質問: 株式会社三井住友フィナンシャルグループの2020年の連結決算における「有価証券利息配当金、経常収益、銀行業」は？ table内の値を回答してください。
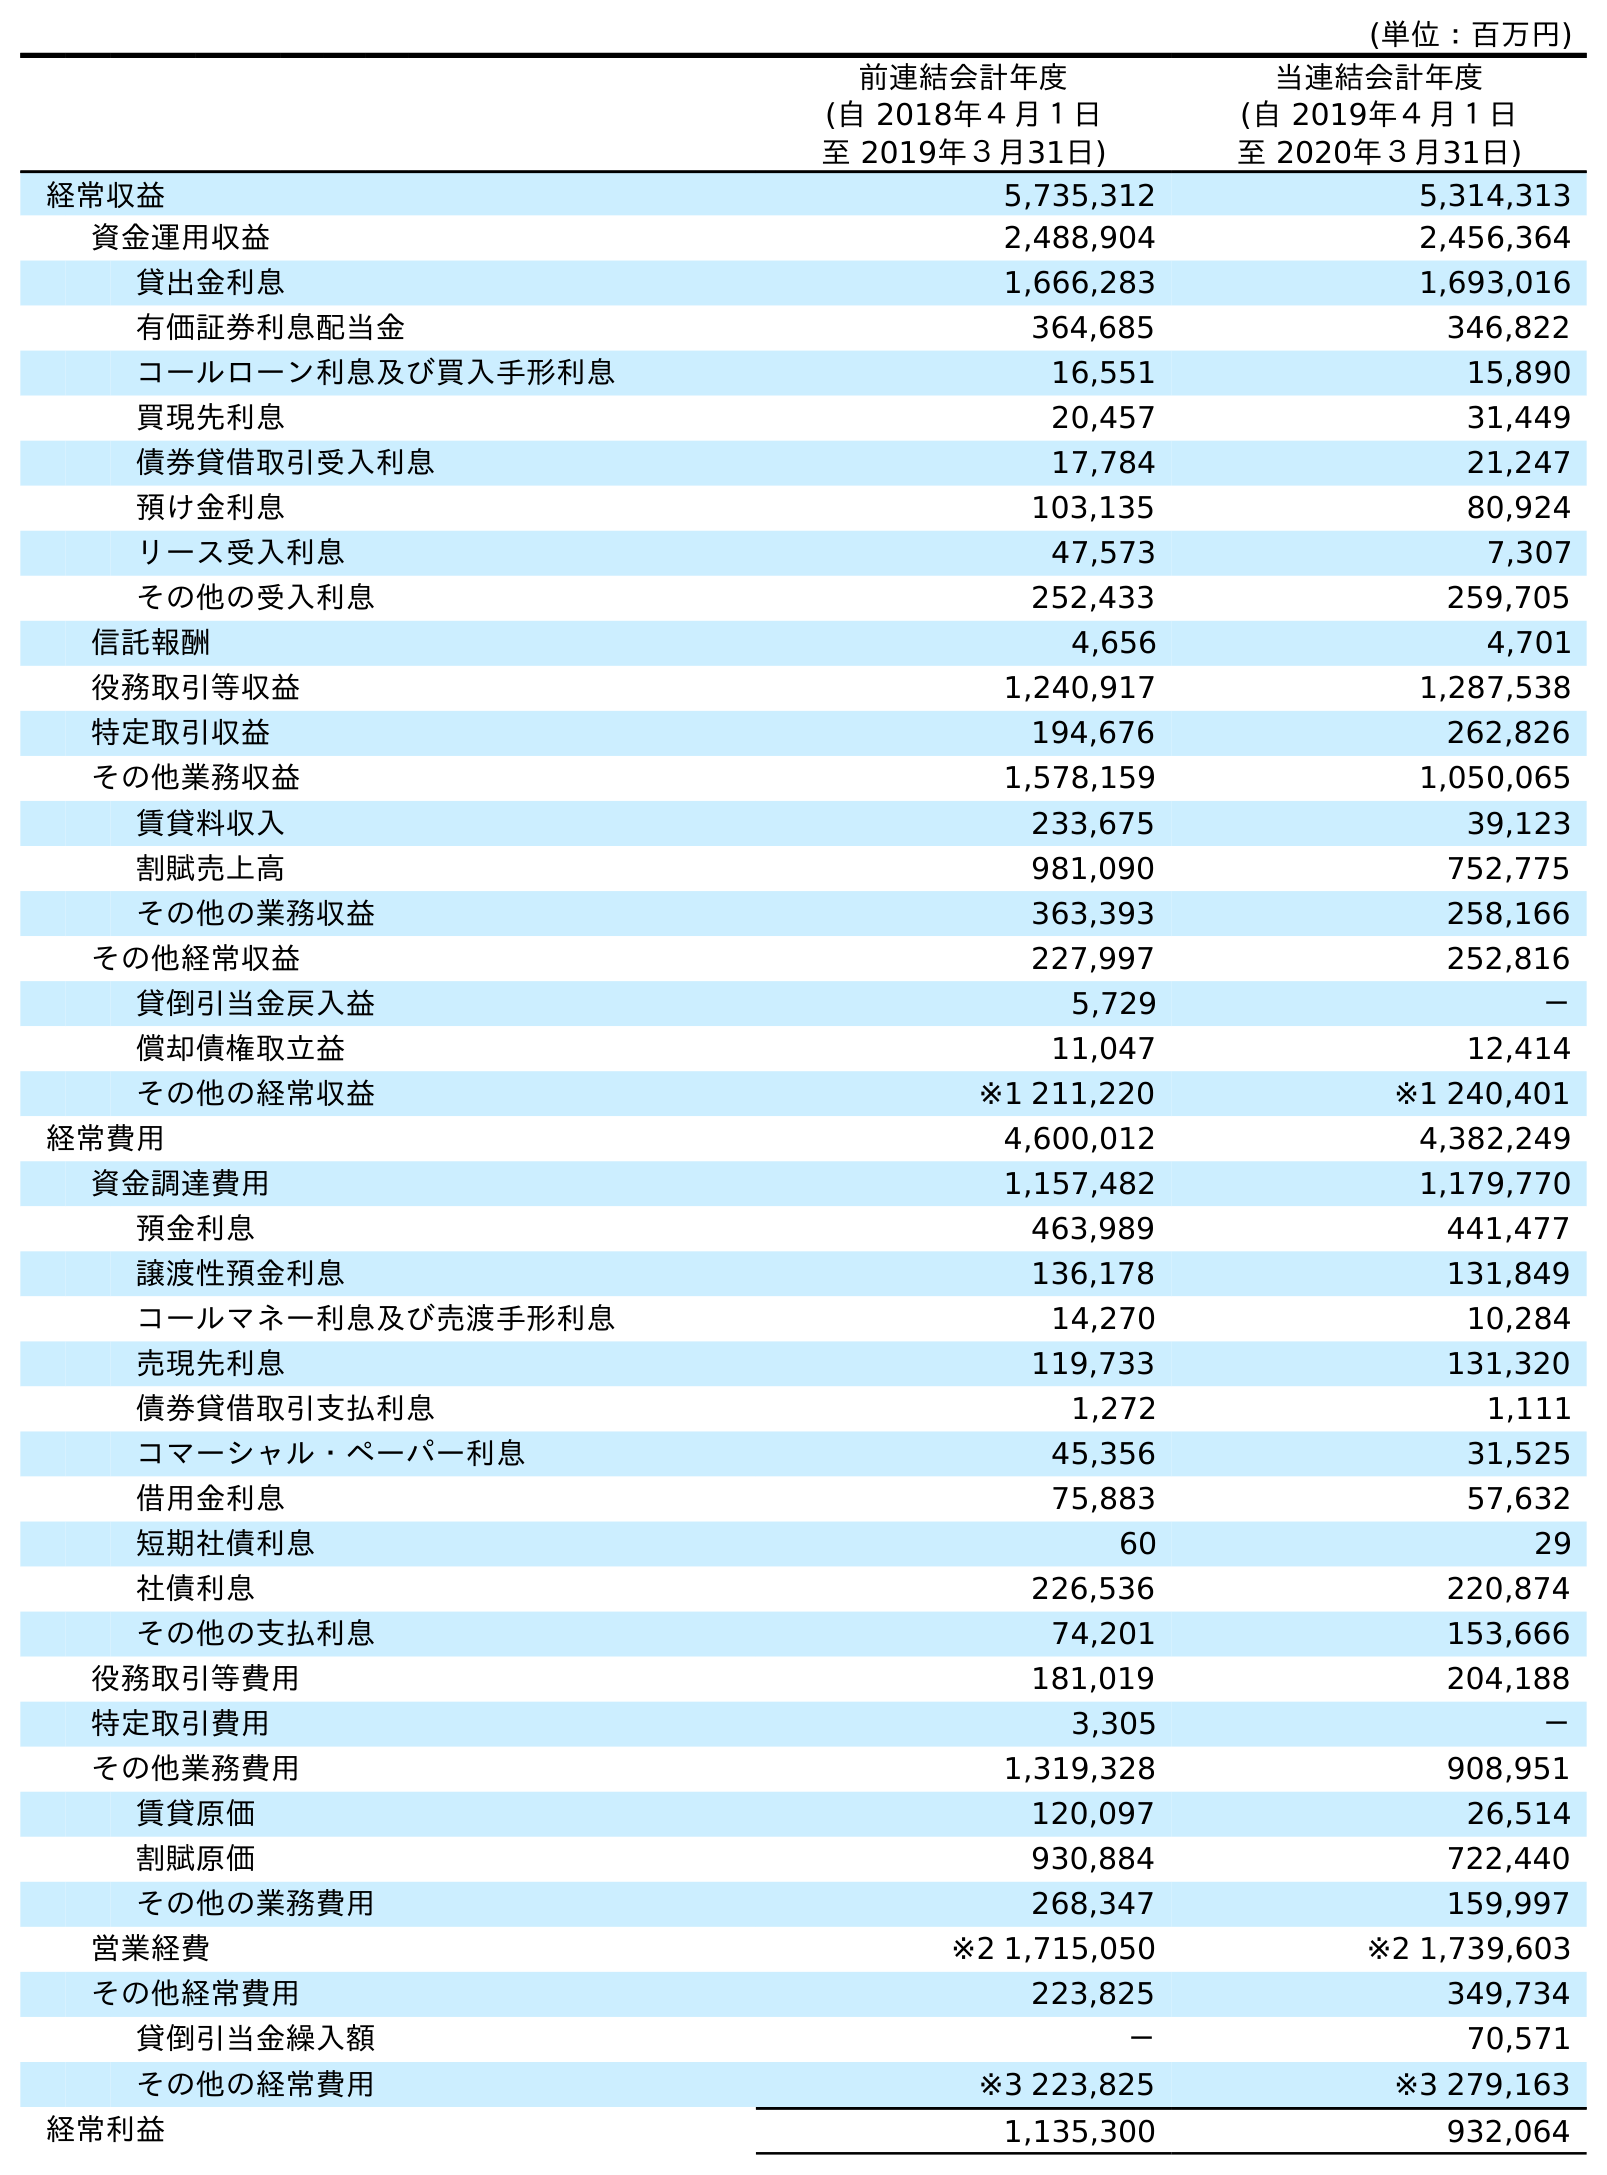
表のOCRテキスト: (単位：百万円) 前連結会計年度 (自 2018年４月１日 至 2019年３月31日) 当連結会計年度 (自 2019年４月１日 至 2020年３月31日) 経常収益 5,735,312 5,314,313 資金運用収益 2,488,904 2,456,364 貸出金利息 1,666,283 1,693,016 有価証券利息配当金 364,685 346,822 コールローン利息及び買入手形利息 16,551 15,890 買現先利息 20,457 31,449 債券貸借取引受入利息 17,784 21,247 預け金利息 103,135 80,924 リース受入利息 47,573 7,307 その他の受入利息 252,433 259,705 信託報酬 4,656 4,701 役務取引等収益 1,240,917 1,287,538 特定取引収益 194,676 262,826 その他業務収益 1,578,159 1,050,065 賃貸料収入 233,675 39,123 割賦売上高 981,090 752,775 その他の業務収益 363,393 258,166 その他経常収益 227,997 252,816 貸倒引当金戻入益 5,729 － 償却債権取立益 11,047 12,414 その他の経常収益 ※1 211,220 ※1 240,401 経常費用 4,600,012 4,382,249 資金調達費用 1,157,482 1,179,770 預金利息 463,989 441,477 譲渡性預金利息 136,178 131,849 コールマネー利息及び売渡手形利息 14,270 10,284 売現先利息 119,733 131,320 債券貸借取引支払利息 1,272 1,111 コマーシャル・ペーパー利息 45,356 31,525 借用金利息 75,883 57,632 短期社債利息 60 29 社債利息 226,536 220,874 その他の支払利息 74,201 153,666 役務取引等費用 181,019 204,188 特定取引費用 3,305 － その他業務費用 1,319,328 908,951 賃貸原価 120,097 26,514 割賦原価 930,884 722,440 その他の業務費用 268,347 159,997 営業経費 ※2 1,715,050 ※2 1,739,603 その他経常費用 223,825 349,734 貸倒引当金繰入額 － 70,571 その他の経常費用 ※3 223,825 ※3 279,163 経常利益 1,135,300 932,064
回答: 346,822